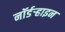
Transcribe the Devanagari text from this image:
नॉर्डर्‍हाइन